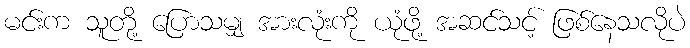
မင်းက သူတို့ ပြောသမျှ အားလုံးကို ယုံဖို့ အဆင်သင့် ဖြစ်နေသလိုပဲ